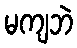
မကျဘဲ